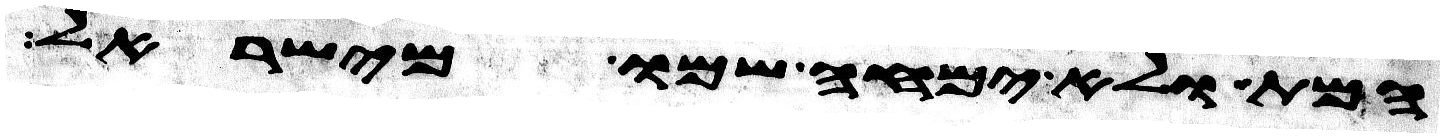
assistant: המת ולא ימחה שמו מישראל